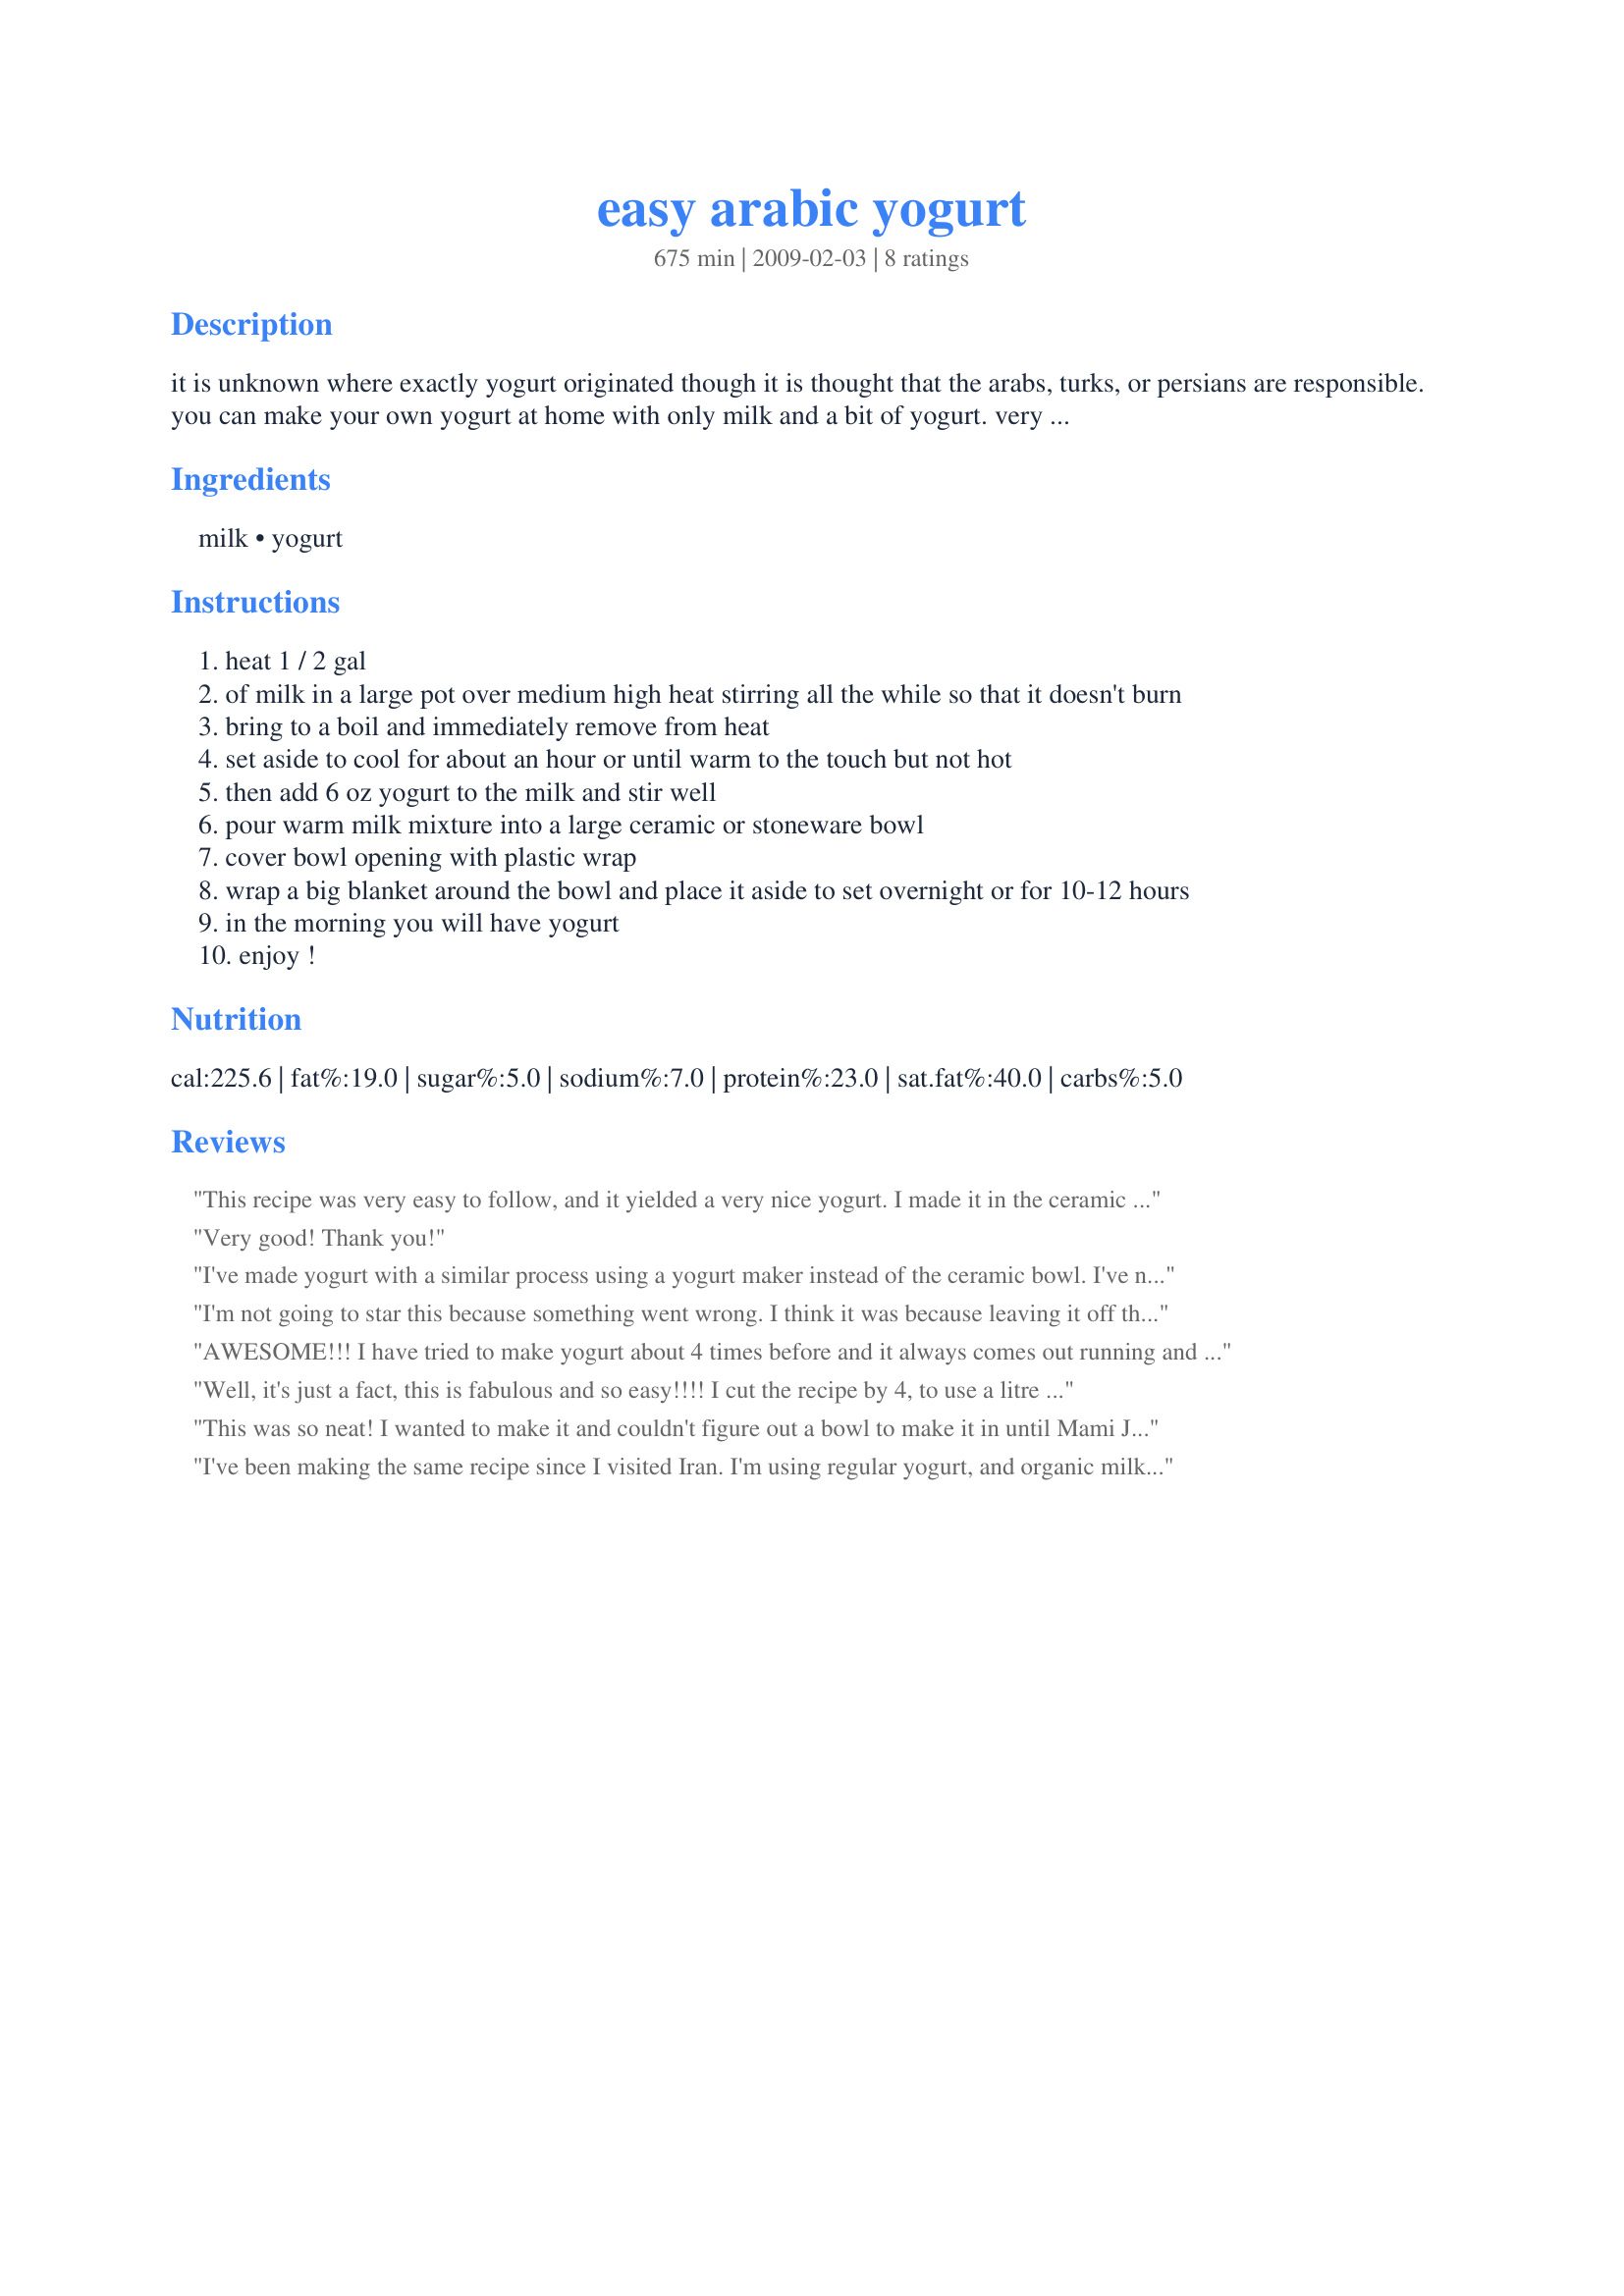
easy arabic yogurt
Preparation time: 675 minutes

it is unknown where exactly yogurt originated though it is thought that the arabs, turks, or persians are responsible. you can make your own yogurt at home with only milk and a bit of yogurt. very easy, no yogurt maker required. i have been making it for a few years and know that anyone can make this. it makes great yogurt especially if you use whole milk; very creamy and thick. you can use nonfat milk but it is a little thin and the consistency isn't that great compared to with more fat. it is best to go with 2% or whole. i also use organic milk, i find the flavor to be more full and sweet.i found it in an arabic cookbook. here is a step by step tutorial i have made including photos: http://xeniahome.blogspot.com/2010/03/homemade-yogurt-middle-eastern-way.html

Ingredients:
milk, yogurt

Steps:
heat 1 / 2 gal
of milk in a large pot over medium high heat stirring all the while so that it doesn't burn
bring to a boil and immediately remove from heat
set aside to cool for about an hour or until warm to the touch but not hot
then add 6 oz yogurt to the milk and stir well
pour warm milk mixture into a large ceramic or stoneware bowl
cover bowl opening with plastic wrap
wrap a big blanket around the bowl and place it aside to set overnight or for 10-12 hours
in the morning you will have yogurt
enjoy !

Reviews:
This recipe was very easy to follow, and it yielded a very nice yogurt. I made it in the ceramic insert of my crockpot. I have about two cups set aside for draining. Thank you for sharing! Made for Swizzle Chicks and ZWT 6.
Very good! Thank you!
I've made yogurt with a similar process using a yogurt maker instead of the ceramic bowl. I've noticed that it's usually the starter the makes the most difference in the consistency. I prefer Dannon fat-free plain yogurt. I frequently strain my homemade yogurt through a yogurt cheese maker just to thicken it some. It's amazing for spreads as well as plain!
I'm not going to star this because something went wrong. I think it was because leaving it off the stove 1 hour got it too cool. As I touched it 1 hour later and it was pretty cool I will try Little Mafia's technique next time holding my finger in for the count of 10. It may also have been because I didn't use enough starter. Will try again. Made for Ramadan Tag 2010.
AWESOME!!! I have tried to make yogurt about 4 times before and it always comes out running and not good. This is the exception. . .it is fabulous!!! I reduced the recipe by half and used 4 cups of whole milk and 1/8 cup of organic greek nonfat yogurt. My girlfriend said that her relatives in Pakistan all add sweetened condensed milk at the time you add the yogurt for creaminess and sweetness; so I added about 1/4 cup (remember I halved the recipe) of fat free sweetened condensed milk. This was SO good. So creamy, just a touch of sweetness and perfect. It didn't have that sharp yogurt flavor associated with plain yogurt either!!! Thanks for a keeper!!!
Well, it's just a fact, this is fabulous and so easy!!!!

I cut the recipe by 4, to use a litre of milk, just in case something went drastically wrong!! I used about 2 tbls plain yoghurt as the starter. Wrapped it up in towels and stored it in the back of my younger daughters cupboard (the cat used to love to sleep there, so I figured it must be warm there!!!). I left it for 24 hours, and when I unwrapped it I had ... yoghurt! Smooth and creamy, I couldn't believe it could be THAT simple!!!

I don't doubt you could play around with this, adding different flavours or more sweetness, but for us, this is 100% the way we like our yoghurt, and I am totally thrilled with myself and this recipe, lol!!!

Thanks SO much, Leah, a gem of a recipe, discovered in the NA*ME cooking tag game!
This was so neat! I wanted to make it and couldn't figure out a bowl to make it in until Mami J suggested the crockpot insert! And I used littlemafia's finger trick for the temperature... I just used plain yogurt as it's what I had on hand and ate it with granola and blackberries! Made for ZWT #6!
I've been making the same recipe since I visited Iran. I'm using regular yogurt, and organic milk that makes a very creamy and thick one. I have a trick, I know that I can add the yogurt when I can hold my finger till a count to 10 in the hot milk.Works every time. For one liter of milk I add 1-2 T yogurt. If using more yogurt, it will turn sour. I wrap the container in blankets and keep it in a warm place until morning.
